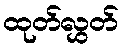
ထုတ်လွှတ်